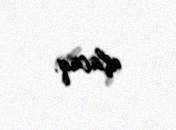
alacaq.